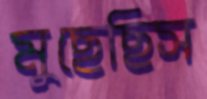
মুছেছিস